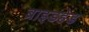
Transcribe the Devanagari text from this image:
ब्राइडहेड